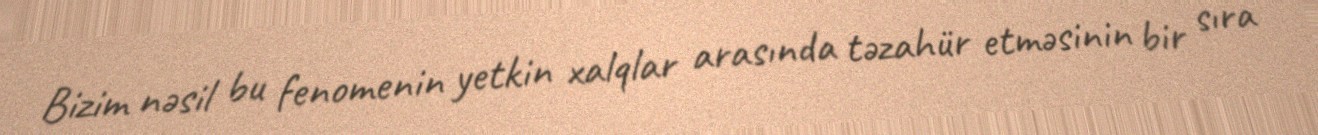
Bizim nəsil bu fenomenin yetkin xalqlar arasında təzahür etməsinin bir sıra